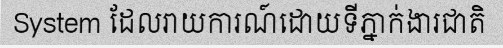
System ដែលរាយការណ៍ដោយទីភ្នាក់ងារជាតិ